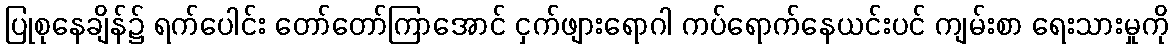
ပြုစုနေချိန်၌ ရက်ပေါင်း တော်တော်ကြာအောင် ငှက်ဖျားရောဂါ ကပ်ရောက်နေယင်းပင် ကျမ်းစာ ရေးသားမှုကို